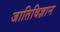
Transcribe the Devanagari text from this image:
जातिविज्ञान